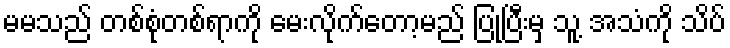
မမသည် တစ်စုံတစ်ရာကို မေးလိုက်တော့မည် ပြုပြီးမှ သူ့ အသံကို သိပ်